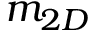
m _ { 2 D }